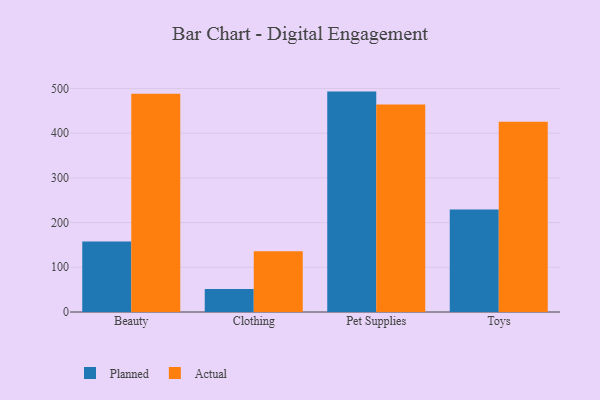
{"axis": {"x": "Category", "y": "Customer Acquisition Cost (USD)"}, "legend": ["Actual", "Planned"], "data": [{"x": "Beauty", "y": 157.7, "type": "Planned"}, {"x": "Beauty", "y": 488.1, "type": "Actual"}, {"x": "Clothing", "y": 51.3, "type": "Planned"}, {"x": "Clothing", "y": 136.0, "type": "Actual"}, {"x": "Pet Supplies", "y": 493.0, "type": "Planned"}, {"x": "Pet Supplies", "y": 464.2, "type": "Actual"}, {"x": "Toys", "y": 229.4, "type": "Planned"}, {"x": "Toys", "y": 425.5, "type": "Actual"}]}